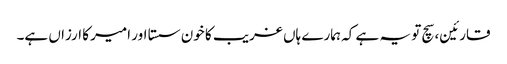
قارئین، سچ تو یہ ہے کہ ہمارے ہاں غریب کا خون سستا اور امیر کا ارزاں ہے۔